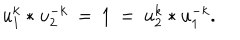
LaTeX: u _ { 1 } ^ { k } * u _ { 2 } ^ { - k } \: = \: 1 \: = \: u _ { 2 } ^ { k } * u _ { 1 } ^ { - k } .